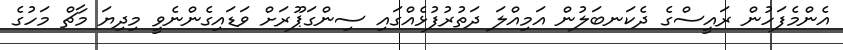
އެންމެފަހުން ރައީސްގެ ދެކަނބަލުން އަމިއްލަ ދަތުރުފުޅެއްގައި ސިންގަޕޫރަށް ވަޑައިގެންނެވީ މިދިޔަ މާޗް މަހުގެ